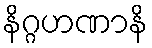
နိဂ္ဂဟဏာနိ